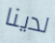
لدينا